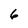
Character: 6